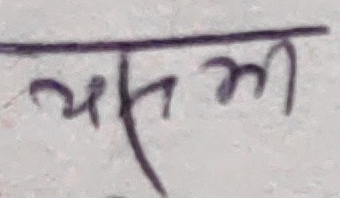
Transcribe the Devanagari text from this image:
यस्ता